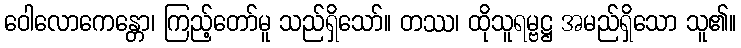
ဝေါလောကေန္တော၊ ကြည့်တော်မူ သည်ရှိသော်။ တဿ၊ ထိုသူရမ္ဗဋ္ဌ အမည်ရှိသော သူ၏။